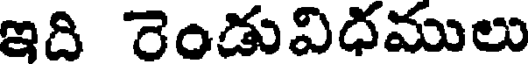
ఇది రెండువిధములు